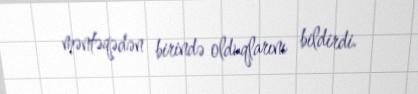
məntəqədən birində olduqlarını bildirdi.